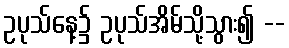
ဥပုသ်နေ့၌ ဥပုသ်အိမ်သို့သွား၍ --